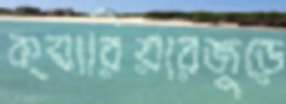
ক্যারিয়ারজুড়ে